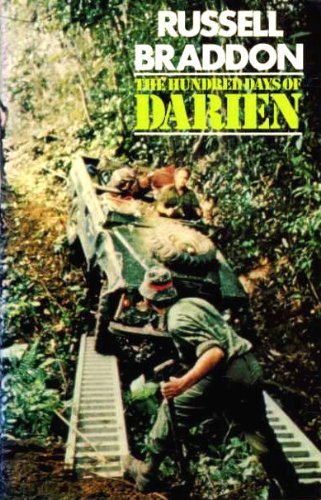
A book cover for The hundred days of Darien; Russell Braddon; Travel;